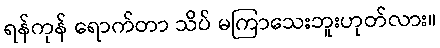
ရန်ကုန် ရောက်တာ သိပ် မကြာသေးဘူးဟုတ်လား။